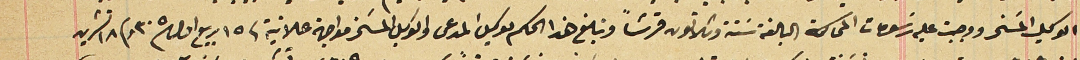
الوكيل المسَخر ووجبت عليه رسَومات المحاكمة البالغة سَتة وثلاثون قرشاً وتبلغ هذا الحكم لوكيل المدعى والوكيل المسَخر مواجهة علانية فى ١٥ ربيع اول ٣٠٥ و١٨ تشرين